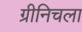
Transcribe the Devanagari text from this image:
ग्रीनिचला